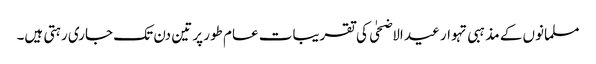
مسلمانوں کے مذہبی تہوار عید الاضحٰی کی تقریبات عام طور پر تین دن تک جاری رہتی ہیں۔